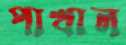
পাখাল